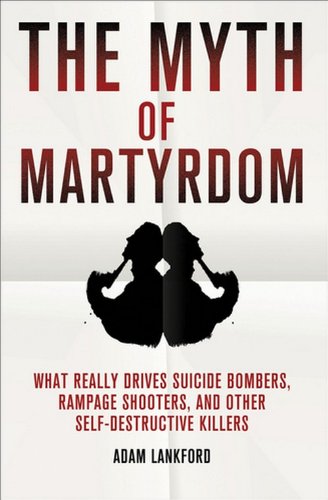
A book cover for The Myth of Martyrdom: What Really Drives Suicide Bombers, Rampage Shooters, and Other Self-Destructive Killers; Adam Lankford; Self-Help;